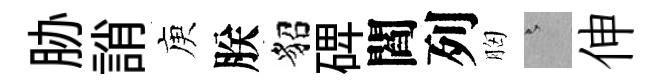
胁誚庾朕貂𥓓閻列胸澹伸